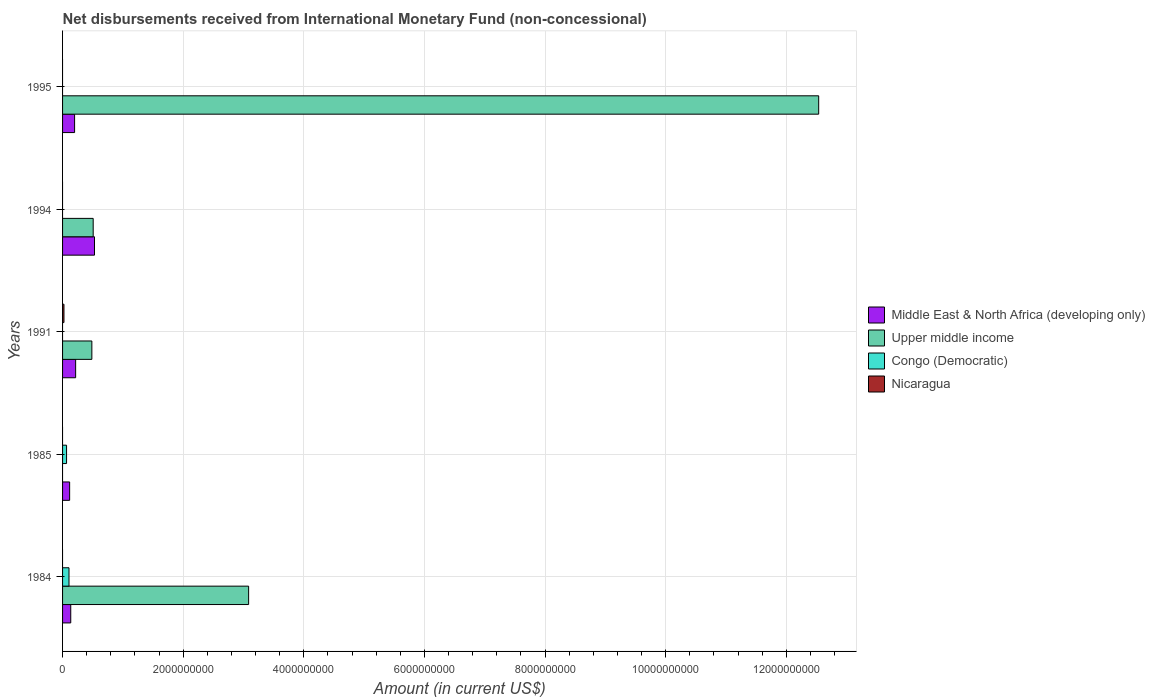
| Years | Middle East & North Africa (developing only) | Upper middle income | Congo (Democratic) | Nicaragua |
 | --- | --- | --- | --- | --- |
 | 1984 | 1.36e+08 | 3.08e+09 | 1.07e+08 | -4.36e+06 |
 | 1985 | 1.17e+08 | -1.59e+08 | 6.62e+07 | -9.17e+06 |
 | 1991 | 2.17e+08 | 4.86e+08 | -4.86e+07 | 2.33e+07 |
 | 1994 | 5.29e+08 | 5.08e+08 | -4.35e+06 | -3.05e+06 |
 | 1995 | 1.99e+08 | 1.25e+10 | -1.37e+06 | -1.29e+07 |